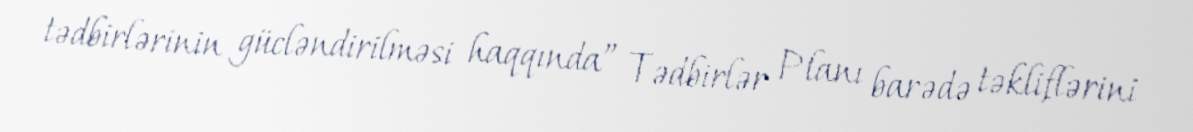
tədbirlərinin gücləndirilməsi haqqında” Tədbirlər Planı barədə təkliflərini